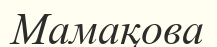
Мамақова